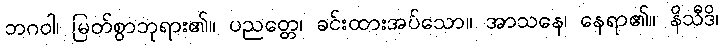
ဘဂဝါ၊ မြတ်စွာဘုရား၏။ ပညတ္တေ၊ ခင်းထားအပ်သော။ အာသနေ၊ နေရာ၏။ နိသီဒိ၊